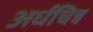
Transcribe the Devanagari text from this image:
अर्धचित्र